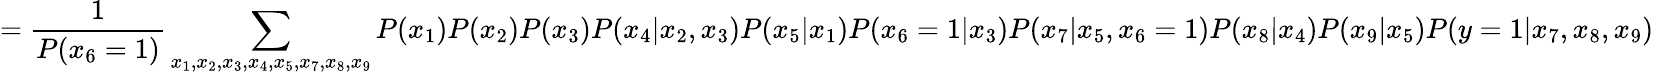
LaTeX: =\frac{1}{P(x_{6}=1)}\sum_{x_{1},x_{2},x_{3},x_{4},x_{5},x_{7},x_{8},x_{9}}P(x_{1})P(x_{2})P(x_{3})P(x_{4}|x_{2},x_{3})P(x_{5}|x_{1})P(x_{6}=1|x_{3})P(x_{7}|x_{5},x_{6}=1)P(x_{8}|x_{4})P(x_{9}|x_{5})P(y=1|x_{7},x_{8},x_{9})